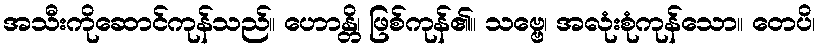
အသီးကိုဆောင်ကုန်သည်။ ဟောန္တိ၊ ဖြစ်ကုန်၏။ သဗ္ဗေ၊ အလုံးစုံကုန်သော။ တေပိ၊